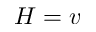
H = v